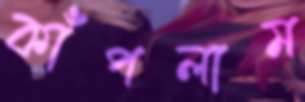
কাঁপলাম